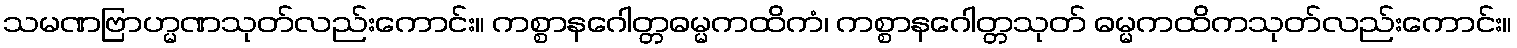
သမဏဗြာဟ္မဏသုတ်လည်းကောင်း။ ကစ္စာနဂေါတ္တဓမ္မကထိကံ၊ ကစ္စာနဂေါတ္တသုတ် ဓမ္မကထိကသုတ်လည်းကောင်း။